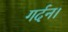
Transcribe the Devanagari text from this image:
गर्दन।